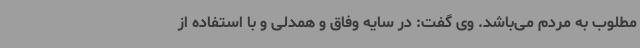
مطلوب به مردم می‌باشد. وی گفت: در سایه وفاق و همدلی و با استفاده از